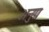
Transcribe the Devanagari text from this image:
अनुग्र